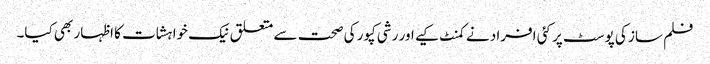
فلم ساز کی پوسٹ پر کئی افراد نے کمنٹ کیے اور رشی کپور کی صحت سے متعلق نیک خواہشات کا اظہار بھی کیا۔